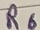
Text: R6